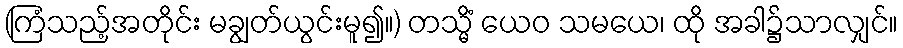
(ကြံသည့်အတိုင်း မချွတ်ယွင်းမူ၍။) တသ္မိံ ယေဝ သမယေ၊ ထို အခါ၌သာလျှင်။